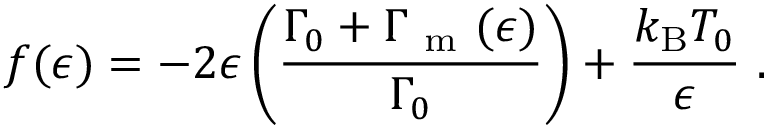
f ( \epsilon ) = - 2 \epsilon \left( \frac { \Gamma _ { 0 } + \Gamma _ { \mathrm { ~ m ~ } } ( \epsilon ) } { \Gamma _ { 0 } } \right) + \frac { k _ { \mathrm { B } } T _ { 0 } } { \epsilon } \mathrm { ~ . ~ }